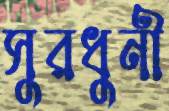
সুরধুনী